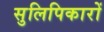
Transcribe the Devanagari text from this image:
सुलिपिकारों